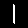
Digit: 1